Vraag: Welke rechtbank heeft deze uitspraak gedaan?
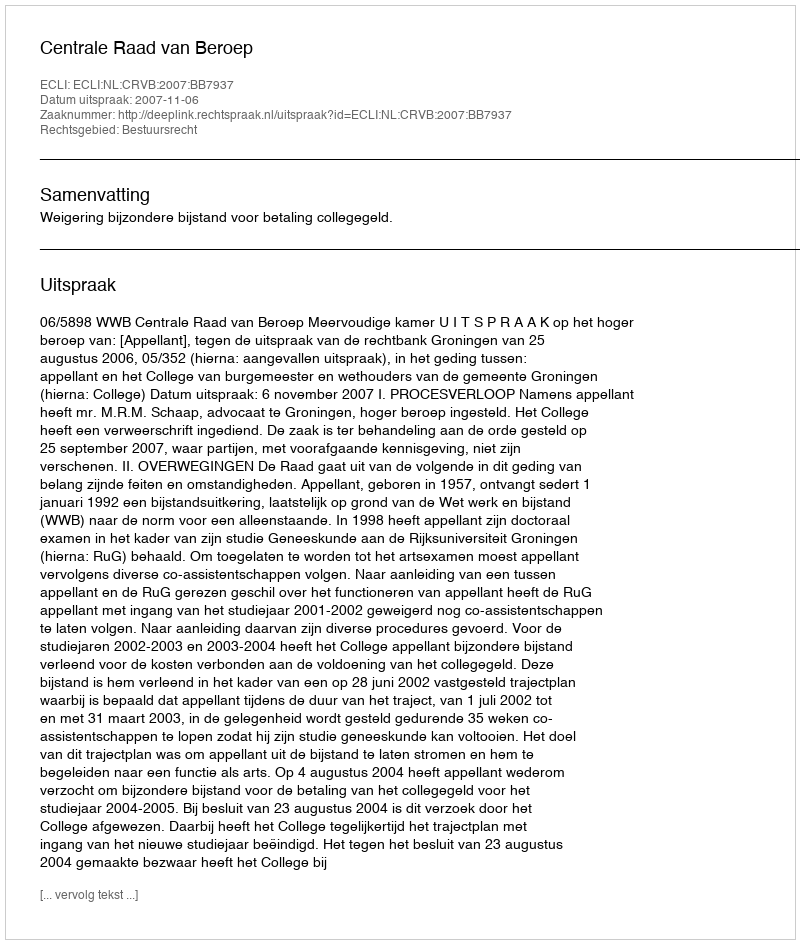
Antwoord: Centrale Raad van Beroep